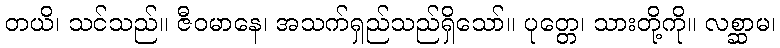
တယိ၊ သင်သည်။ ဇီဝမာနေ၊ အသက်ရှည်သည်ရှိသော်။ ပုတ္တေ၊ သားတို့ကို။ လစ္ဆာမ၊